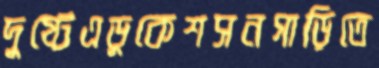
দুষ্টেএডুকেশসনগাড়িতে